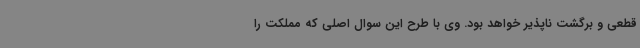
قطعی و برگشت ناپذیر خواهد بود. وی با طرح این سوال اصلی که مملکت را